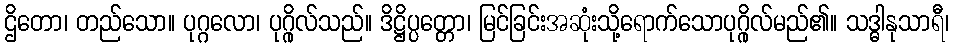
ဌိတော၊ တည်သော။ ပုဂ္ဂလော၊ ပုဂ္ဂိုလ်သည်။ ဒိဋ္ဌိပ္ပတ္တော၊ မြင်ခြင်းအဆုံးသို့ရောက်သောပုဂ္ဂိုလ်မည်၏။ သဒ္ဓါနုသာရီ၊